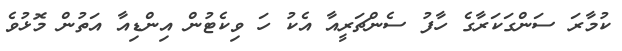
ކުމާރަ ސަންގަކަރާގެ ހާފު ސެންޗަރީއާ އެކު ހަ ވިކެޓުން އިންޑިއާ އަތުން މޮޅުވެ